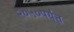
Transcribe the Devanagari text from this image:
२०५०पर्यंत